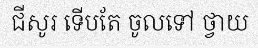
ជីសូរ ទើបតែ ចូលទៅ ថ្វាយ